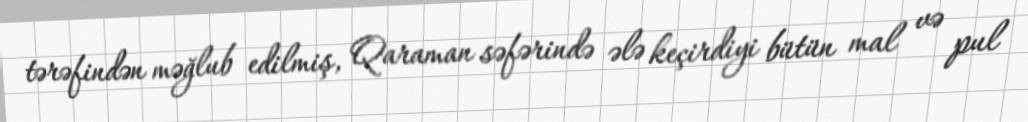
tərəfindən məğlub edilmiş, Qaraman səfərində ələ keçirdiyi bütün mal və pul